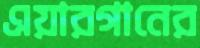
এয়ারগানের